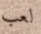
لعب